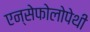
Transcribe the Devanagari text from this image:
एन्सेफोलोपेथी